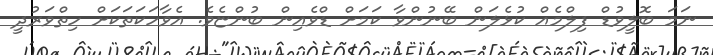
ނަމަ ބޮލީވުޑް ފިލްމެއް ކުޅެލަން ބޭނުންވާ ކަމަށް ޑްވެއިން ބުންޏެވެ. އެވާހަކަތަކަށް ހިތްވަރުދީ